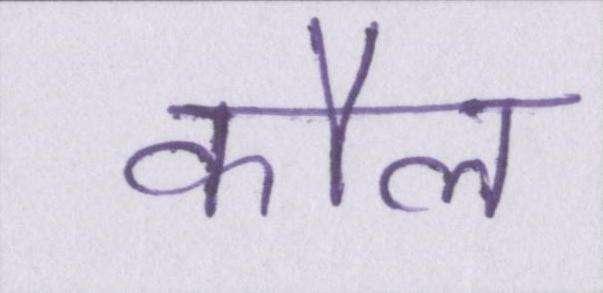
कौल